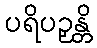
ပရိပဉှန္တိ